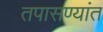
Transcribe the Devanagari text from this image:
तपासण्यांत